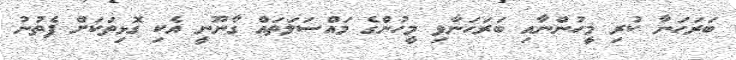
ބަރަހަނާ ކުރި މީހުންނާއި ބަރަހަނާވި މީހުންގެ މައްސަލަތައް ގާނޫނީ އެކި ގޮޅިތަކަށް ފެތުނު